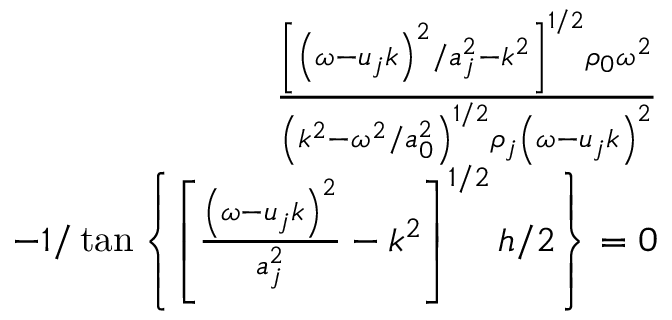
\begin{array} { r } { \frac { \left[ \left( \omega - u _ { j } k \right) ^ { 2 } / a _ { j } ^ { 2 } - k ^ { 2 } \right] ^ { 1 / 2 } \rho _ { 0 } \omega ^ { 2 } } { \left( k ^ { 2 } - \omega ^ { 2 } / a _ { 0 } ^ { 2 } \right) ^ { 1 / 2 } \rho _ { j } \left( \omega - u _ { j } k \right) ^ { 2 } } } \\ { - 1 / \tan \left\{ \left[ \frac { \left( \omega - u _ { j } k \right) ^ { 2 } } { a _ { j } ^ { 2 } } - k ^ { 2 } \right] ^ { 1 / 2 } h / 2 \right\} = 0 } \end{array}